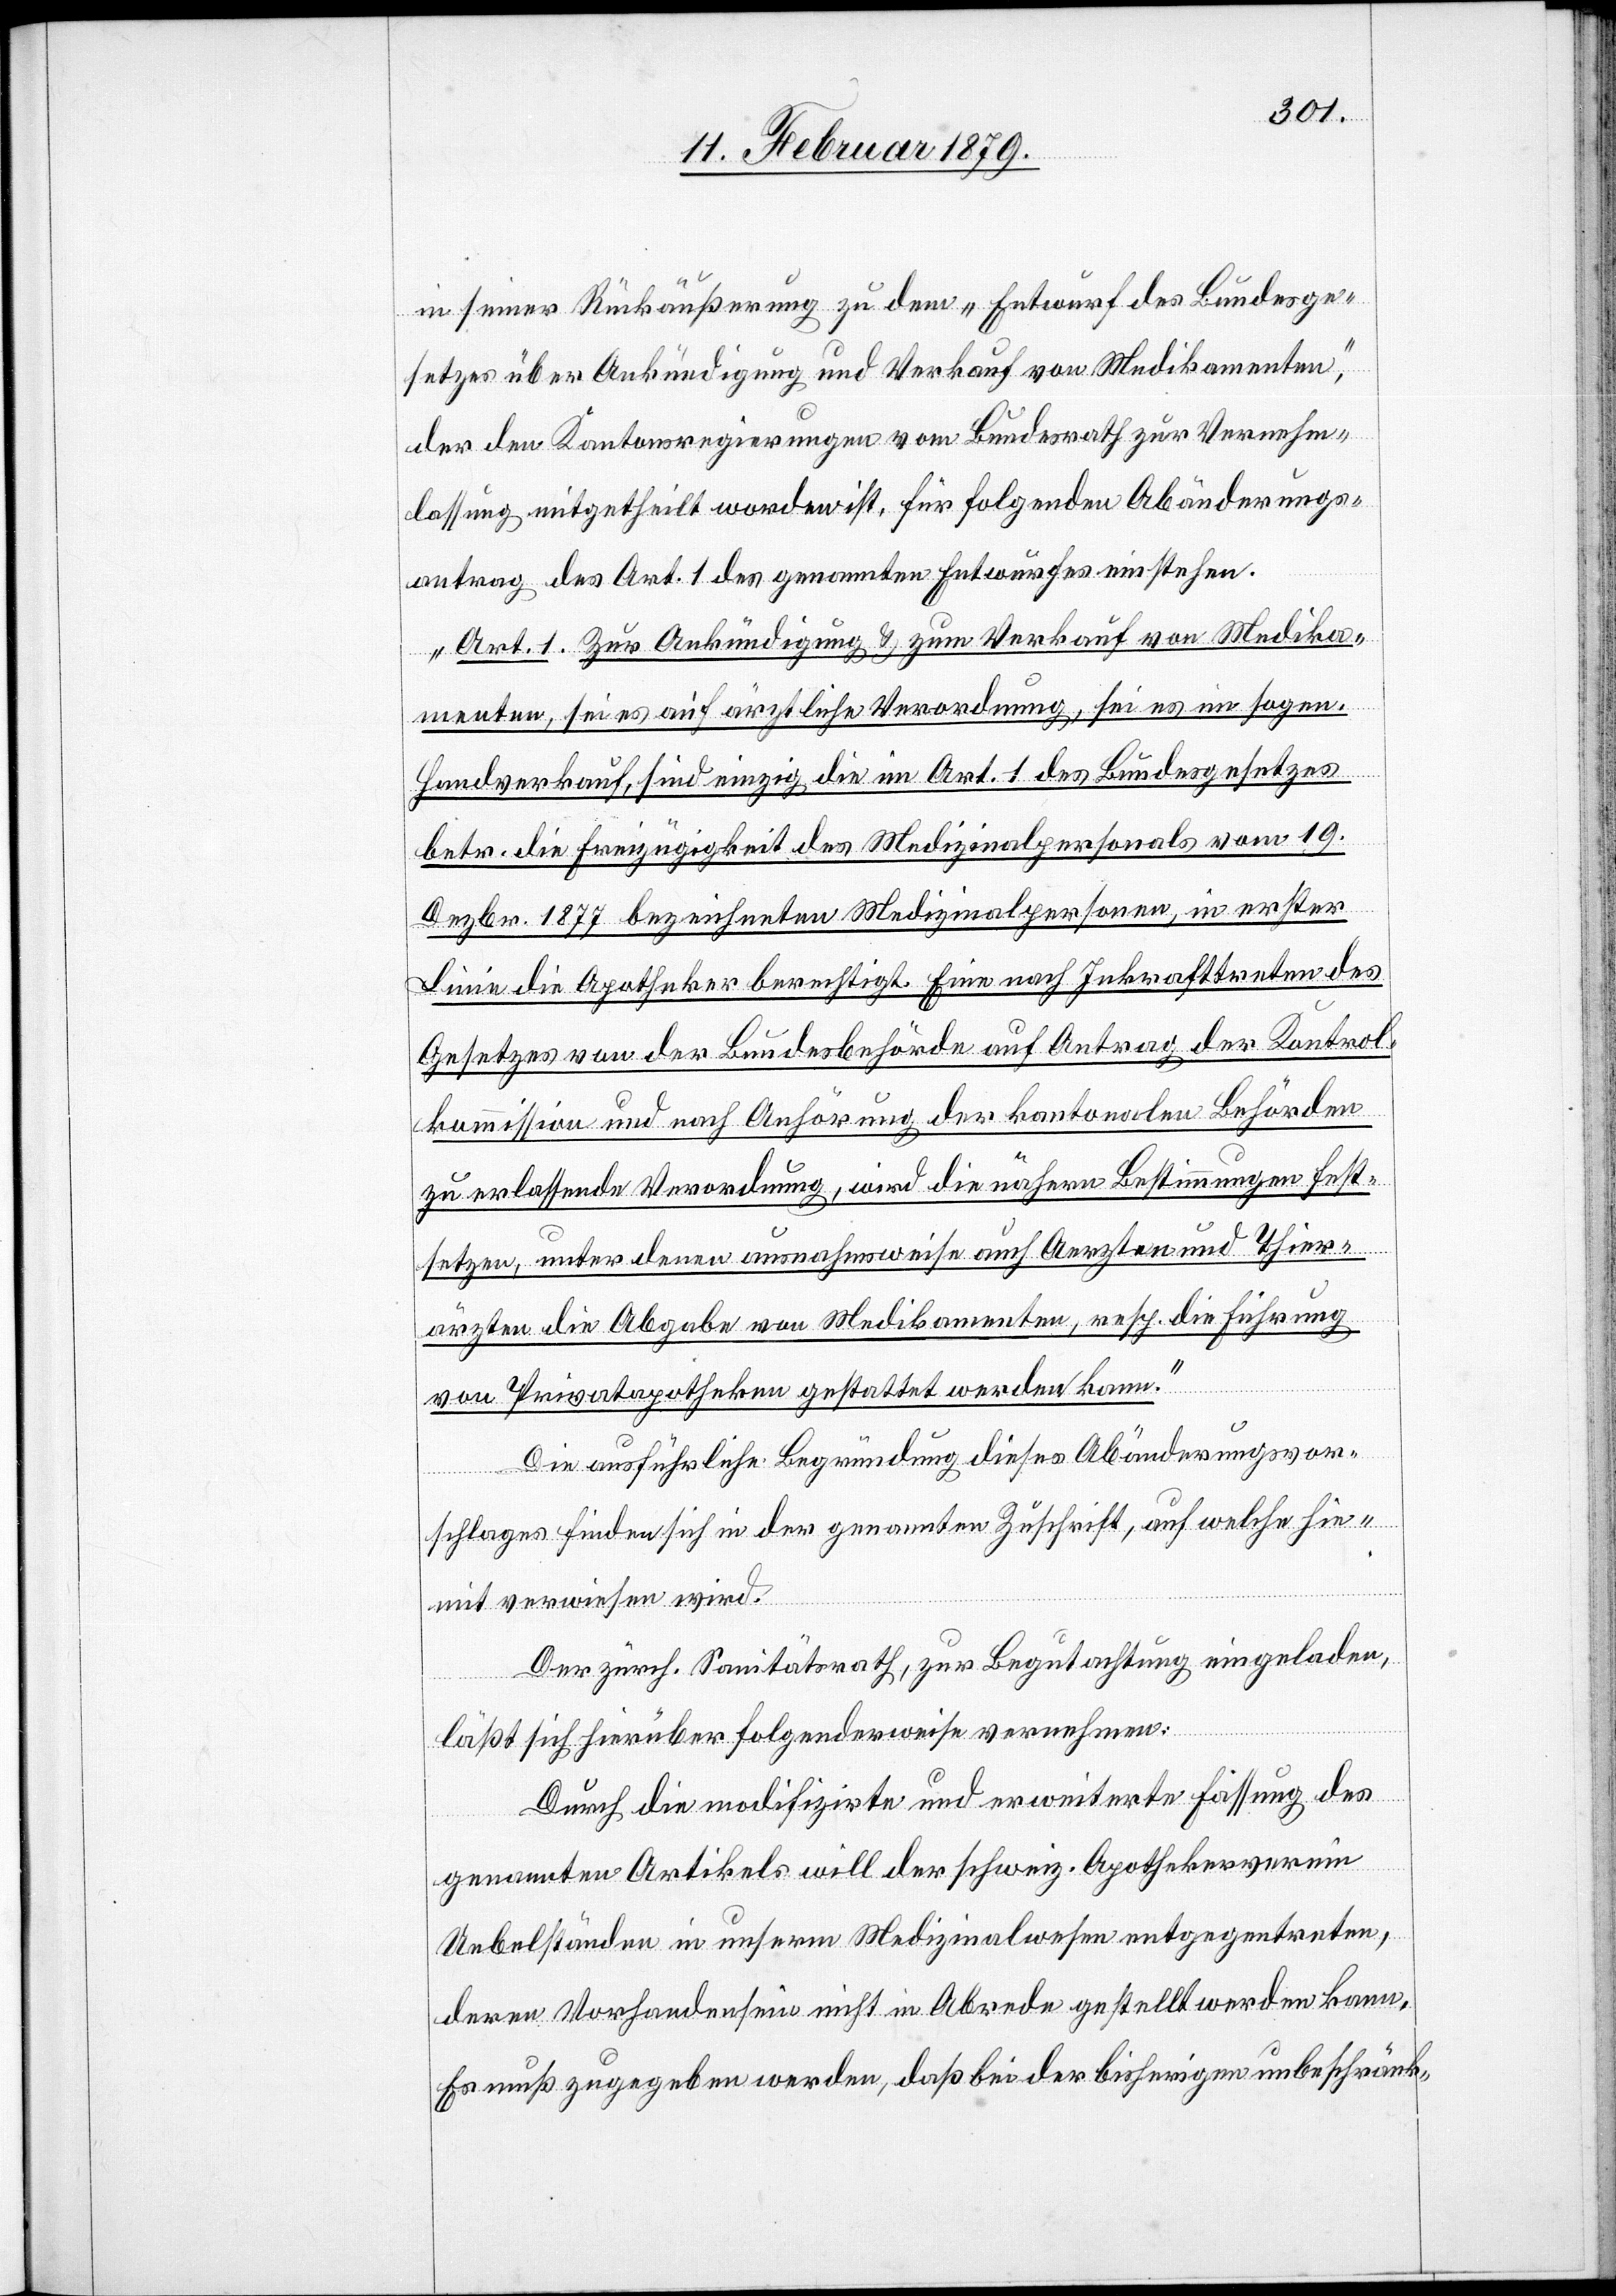
in seiner Rückäußerung zu dem „Entwurf des Bundesge¬
setzes über Ankündigung und Verkauf von Medikamenten“,
der den Kantonsregierungen vom Bundesrath zur Vernehm¬
lassung mitgetheilt worden ist, für folgenden Abänderungs¬
antrag des Art. 1 des genannten Entwurfes einstehen.
„Art. 1. Zur Ankündigung & zum Verkauf von Medika¬
menten, sei es auf ärztliche Verordnung, sei es im sogen.
Handverkauf, sind einzig die im Art. 1 des Bundesgesetzes
betr. die Freizügigkeit des Medizinalpersonals vom 19.
Dezbr. 1877 bezeichneten Medizinalpersonen, in erster
Linie die Apotheker berechtigt. Eine nach Inkrafttreten des
Gesetzes von der Bundesbehörde auf Antrag der Kontrol¬
kommission und nach Anhörung der kantonalen Behörden
zu erlassende Verordnung, wird die nähern Bestimmungen fest¬
setzen, unter denen ausnahmsweise auch Aerzten und Thier¬
ärzten die Abgabe von Medikamenten, resp. die Führung
von Privatapotheken gestattet werden kann.“
Die ausführliche Begründung dieses Abänderungsvor¬
schlages finden [sic!] sich in der genannten Zuschrift, auf welche hie¬
mit verwiesen wird.
Der zürch. Sanitätsrath, zur Begutachtung eingeladen,
läßt sich hierüber folgenderweise vernehmen:
Durch die modifizirte und erweiterte Fassung des
genannten Artikels will der schweiz. Apothekerverein
Uebelständen in unserm Medizinalwesen entgegentreten,
deren Vorhandensein nicht in Abrede gestellt werden kann.
Es muß zugegeben werden, daß bei der bisherigen unbeschränk-